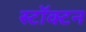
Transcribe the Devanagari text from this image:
स्टॉक्टन